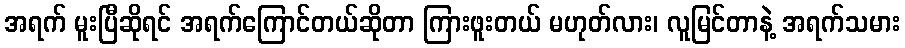
အရက် မူးပြီဆိုရင် အရက်ကြောင်တယ်ဆိုတာ ကြားဖူးတယ် မဟုတ်လား၊ လူမြင်တာနဲ့ အရက်သမား